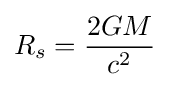
R_{s}={\frac {2GM}{c^{2}}}